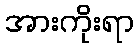
အားကိုးရာ